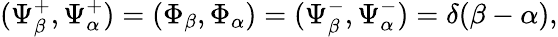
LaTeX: (\Psi_{\beta}^{+},\Psi_{\alpha}^{+})=(\Phi_{\beta},\Phi_{\alpha})=(\Psi_{\beta}^{-},\Psi_{\alpha}^{-})=\delta(\beta-\alpha),